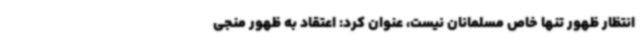
انتظار ظهور تنها خاص مسلمانان نیست، عنوان کرد: اعتقاد به ظهور منجی